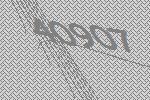
40907